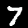
Label: 7